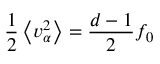
\frac { 1 } { 2 } \left\langle v _ { \alpha } ^ { 2 } \right\rangle = \frac { d - 1 } { 2 } f _ { 0 }